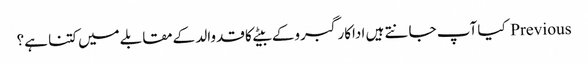
Previous کیا آپ جانتے ہیں اداکارگبروکے بیٹےکا قدوالد کےمقابلےمیں کتنا ہے؟